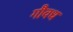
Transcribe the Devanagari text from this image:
गौवध